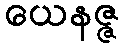
ယေနဇ္ဇ